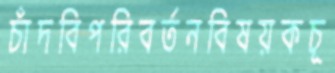
চাঁদবিপরিবর্তনবিষয়কচূ